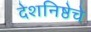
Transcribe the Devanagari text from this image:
देशनिष्ठेचे